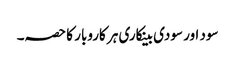
سود اور سودی بینکاری ہر کاروبار کا حصہ۔